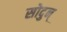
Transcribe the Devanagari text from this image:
सोदुन्